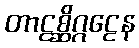
တာဠစ္ဆိဂ္ဂဠေန